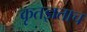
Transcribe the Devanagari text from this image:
कृतज्ञताच